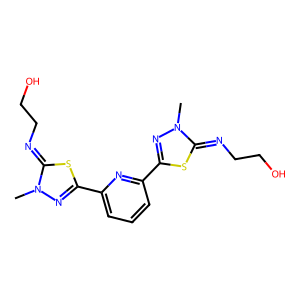
SMILES: Cn1nc(-c2cccc(-c3nn(C)c(=NCCO)s3)n2)sc1=NCCO
Inhibits HIV replication: No